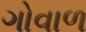
ગોવાળ